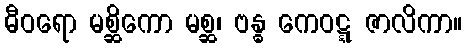
ဓီဝရော မစ္ဆိကော မစ္ဆ၊ ဗန္ဓ ကေဝဋ္ဋ ဇာလိကာ။